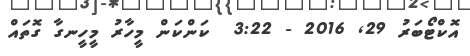
އޮކްޓޯބަރު 29